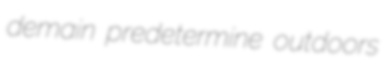
demain predetermine outdoors